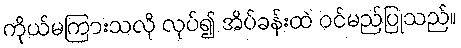
ကိုယ်မကြားသလို လုပ်၍ အိပ်ခန်းထဲ ဝင်မည်ပြုသည်။